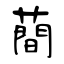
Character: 蕳